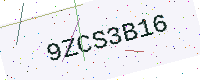
Text: 9ZCS3B16